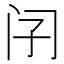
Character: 𨸀